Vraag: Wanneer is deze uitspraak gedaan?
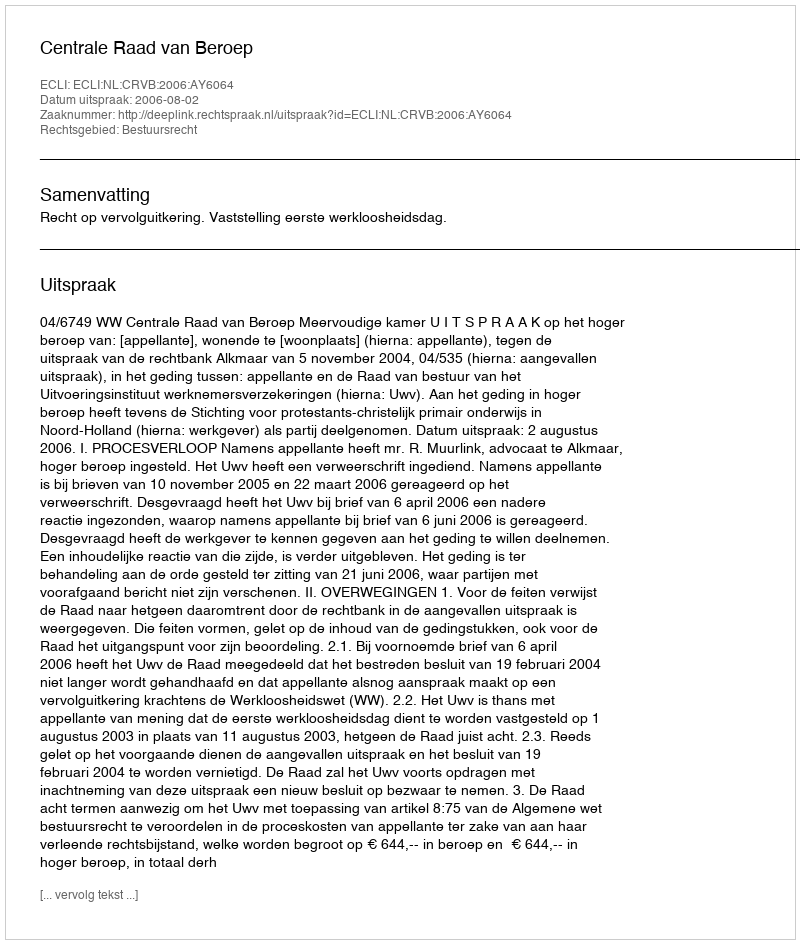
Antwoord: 2006-08-02